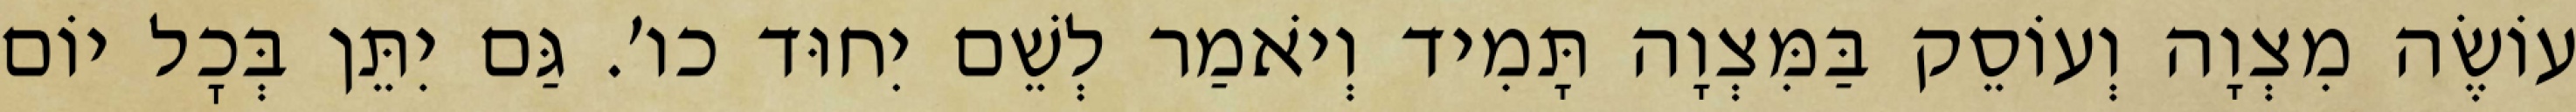
עוֹשֶׂה מִצְוָה וְעוֹסֵק בַּמִּצְוָה תָּמִיד וְיֹאמַר לְשֵׁם יִחוּד כו׳. גַּם יִתֵּן בְּכׇל יוֹם